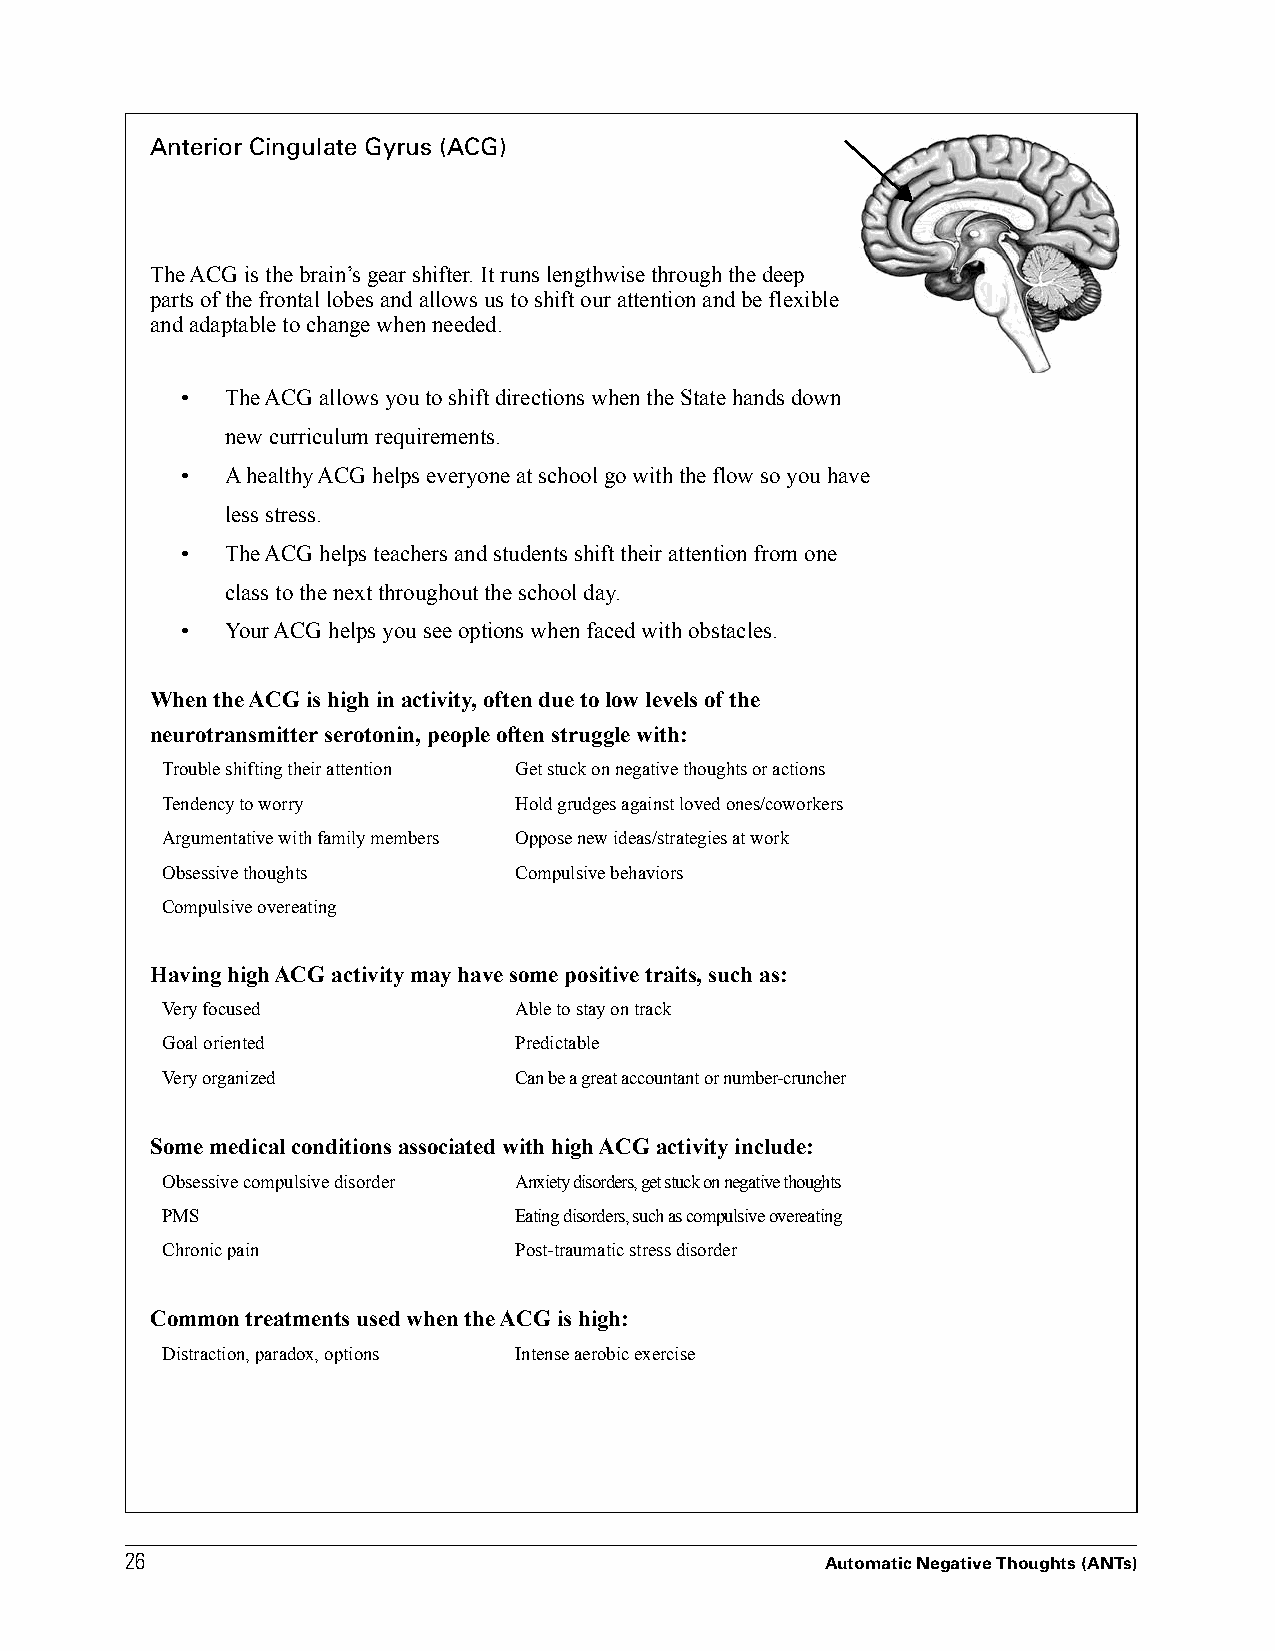
Anterior Cingulate Gyrus (ACG)
 The ACG is the brain’s gear shifter. It runs lengthwise through the deep
 parts of the frontal lobes and allows us to shift our attention and be flexible
 and adaptable to change when needed.
 •  The ACG allows you to shift directions when the State hands down
 new curriculum requirements.
 •  A healthy ACG helps everyone at school go with the flow so you have
 less stress.
 •  The ACG helps teachers and students shift their attention from one
 class to the next throughout the school day.
 •  Your ACG helps you see options when faced with obstacles.
 When the ACG is high in activity, often due to low levels of the
 neurotransmitter serotonin, people often struggle with:
 Trouble shifting their attention Get stuck on negative thoughts or actions
 Tendency to worry      Hold grudges against loved ones/coworkers
 Argumentative with family members Oppose new ideas/strategies at work
 Obsessive thoughts     Compulsive behaviors
 Compulsive overeating
 Having high ACG activity may have some positive traits, such as:
 Very focused           Able to stay on track
 Goal oriented          Predictable
 Very organized         Can be a great accountant or number-cruncher
 Some medical conditions associated with high ACG activity include:
 Obsessive compulsive disorder Anxiety disorders, get stuck on negative thoughts
 PMS                    Eating disorders, such as compulsive overeating
 Chronic pain           Post-traumatic stress disorder
 Common treatments used when the ACG is high:
 Distraction, paradox, options Intense aerobic exercise
 2266
 Automatic Negative Thoughts (ANTs)